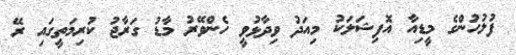
ފުލުހުންގެ މީޑިއާ އޮފިޝަލަކު މިއަދު ވިދާޅުވީ ހެންވޭރު މާޑު ގަރާޖު ކުރިމަތީގައި ރޭ